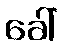
ခေါ်